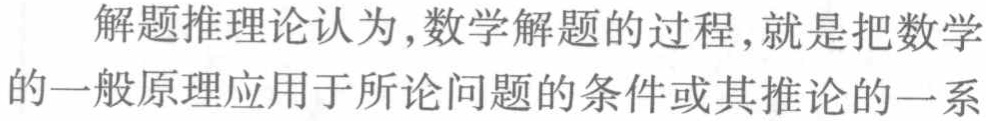
解题推理论认为,数学解题的过程,就是把数学的一般原理应用于所论问题的条件或其推论的一系